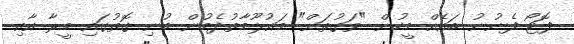
ފޮޓޯ ފެނުނު ބައެއް މީހުން "ވަގުތަށް" މައުލޫމާތުދެމުން ބުނި ގޮތުގައި މީރާ އާއި